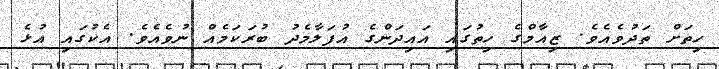
ހިތަށް ތަދުވެއެވެ. ޒިއާމްގެ ހިތުގައި އައިދަންގެ އުފަލާމެދު ބުރަކަމެއް ނުވެއެވެ. އެކުގައި އުޅެ